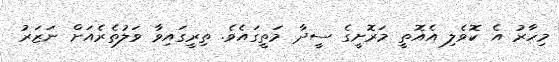
މިހާރު އެ ކޮވެލި އެއޮތީ މަރޮށީގެ ސީދާ މަތީގައެވެ. ތިރީގައިވާ ވަލުތެރެއަށް ނަޒަރު